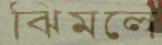
ঝিমলে